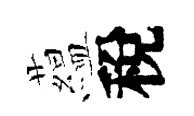
藴稅